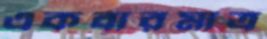
একবারমাত্র